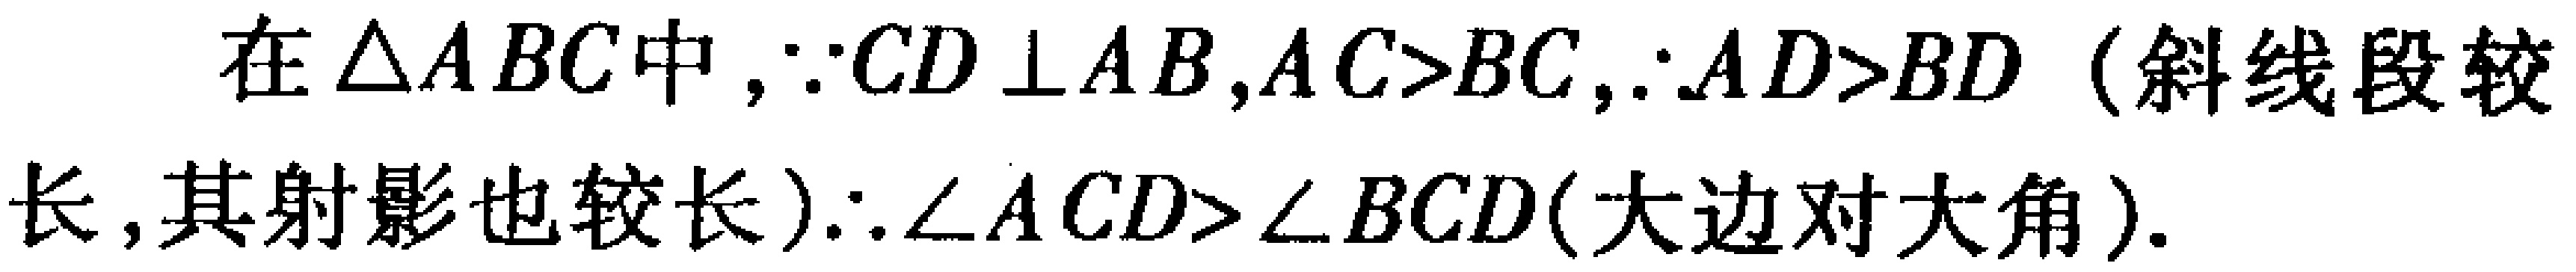
在$\triangle ABC$中，$\because CD\perp AB,AC>BC,\therefore AD>BD$（斜线段较长,其射影也较长）.$\therefore \angle ACD>\angle BCD$(大边对大角).